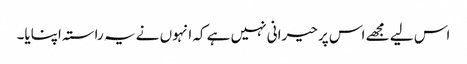
اس لیے مجھے اس پر حیرانی نہیں ہے کہ انہوں نے یہ راستہ اپنایا۔